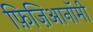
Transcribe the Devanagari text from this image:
फ़िज़िआनॉमी